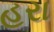
હરા